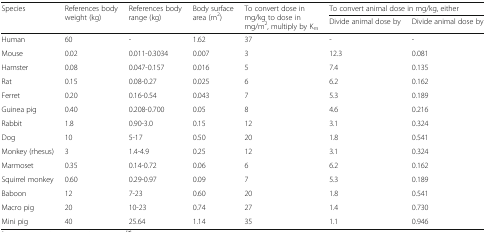
<table><thead><tr><td rowspan="2"><b>Species</b></td><td rowspan="2"><b>References body weight (kg)</b></td><td rowspan="2"><b>References body range (kg)</b></td><td rowspan="2"><b>Body surface area (m<sup>2</sup>)</b></td><td rowspan="2"><b>To convert dose in mg/kg to dose in mg/m<sup>2</sup>, multiply by K<sub>m</sub></b></td><td colspan="2"><b>To convert animal dose in mg/kg, either</b></td></tr><tr><td><b>Divide animal dose by</b></td><td><b>Divide animal dose by</b></td></tr></thead><tbody><tr><td>Human</td><td>60</td><td>-</td><td>1.62</td><td>37</td><td>-</td><td>-</td></tr><tr><td>Mouse</td><td>0.02</td><td>0.011-0.3034</td><td>0.007</td><td>3</td><td>12.3</td><td>0.081</td></tr><tr><td>Hamster</td><td>0.08</td><td>0.047-0.157</td><td>0.016</td><td>5</td><td>7.4</td><td>0.135</td></tr><tr><td>Rat</td><td>0.15</td><td>0.08-0.27</td><td>0.025</td><td>6</td><td>6.2</td><td>0.162</td></tr><tr><td>Ferret</td><td>0.20</td><td>0.16-0.54</td><td>0.043</td><td>7</td><td>5.3</td><td>0.189</td></tr><tr><td>Guinea pig</td><td>0.40</td><td>0.208-0.700</td><td>0.05</td><td>8</td><td>4.6</td><td>0.216</td></tr><tr><td>Rabbit</td><td>1.8</td><td>0.90-3.0</td><td>0.15</td><td>12</td><td>3.1</td><td>0.324</td></tr><tr><td>Dog</td><td>10</td><td>5-17</td><td>0.50</td><td>20</td><td>1.8</td><td>0.541</td></tr><tr><td>Monkey (rhesus)</td><td>3</td><td>1.4-4.9</td><td>0.25</td><td>12</td><td>3.1</td><td>0.324</td></tr><tr><td>Marmoset</td><td>0.35</td><td>0.14-0.72</td><td>0.06</td><td>6</td><td>6.2</td><td>0.162</td></tr><tr><td>Squirrel monkey</td><td>0.60</td><td>0.29-0.97</td><td>0.09</td><td>7</td><td>5.3</td><td>0.189</td></tr><tr><td>Baboon</td><td>12</td><td>7-23</td><td>0.60</td><td>20</td><td>1.8</td><td>0.541</td></tr><tr><td>Macro pig</td><td>20</td><td>10-23</td><td>0.74</td><td>27</td><td>1.4</td><td>0.730</td></tr><tr><td>Mini pig</td><td>40</td><td>25.64</td><td>1.14</td><td>35</td><td>1.1</td><td>0.946</td></tr></tbody></table>